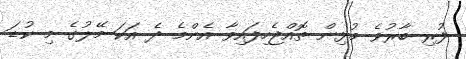
ފުރި ބާރުވެ މުޅިން ތޮއްޖެހިފައިވާ އެންމެ ދެ އަކަ މޭލުގެ މި ކުޑަ